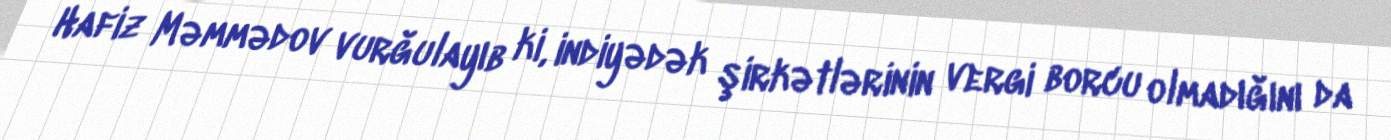
Hafiz Məmmədov vurğulayıb ki, indiyədək şirkətlərinin vergi borcu olmadığını da